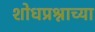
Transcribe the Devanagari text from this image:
शोधप्रश्नाच्या